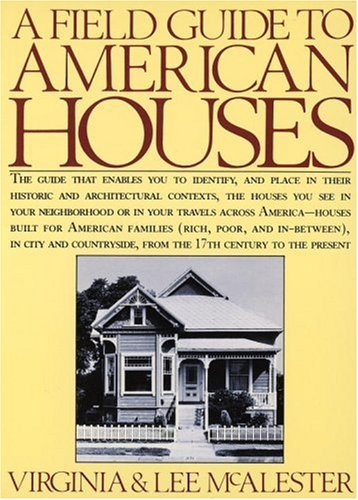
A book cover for A Field Guide to American Houses; Virginia Savage McAlester; Arts & Photography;